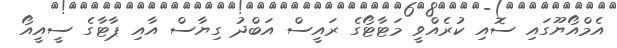
އެމްއޯޔޫގައި ސޮއި ކުރެއްވީ މަޓާޓޯގެ ރައީސް އަބްދު ގިޔާސް އާއި ޕާޓާގެ ސީއީއޯ